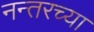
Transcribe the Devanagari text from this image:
नन्तरच्या